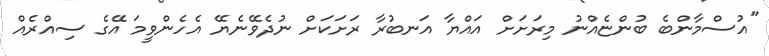
"އުސްމާންބެ ބުންޏެއްނު މިރަށަށް އައްޔާ އަނބުރާ ރަށަކަށް ނުދެވޭނެޔޭ އެހެންވީމަ އޭގެ ސިއްރެއް